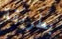
بطريقة